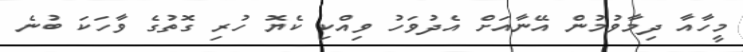
މީހާއާ ދިމާވުމުން އޭނާއަށް އެދުވަހު ވިއްކި ކެޔޮ ހުރި ގޮތުގެ ވާހަކަ ބުނެ